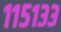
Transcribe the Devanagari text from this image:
११५१३३